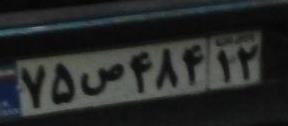
۷۵ص۴۸۴۱۲